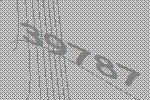
39787